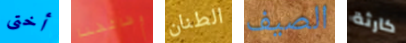
أختى وظائفنا الطنان الصيف كارثة